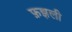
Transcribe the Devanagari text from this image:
फ़झली